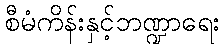
စီမံကိန်းနှင့်ဘဏ္ဍာရေး